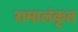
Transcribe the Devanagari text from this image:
रामालंकृत